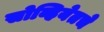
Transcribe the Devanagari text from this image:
सोव्हियेतचे